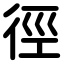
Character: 徑